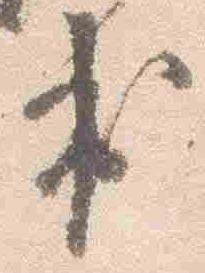
出